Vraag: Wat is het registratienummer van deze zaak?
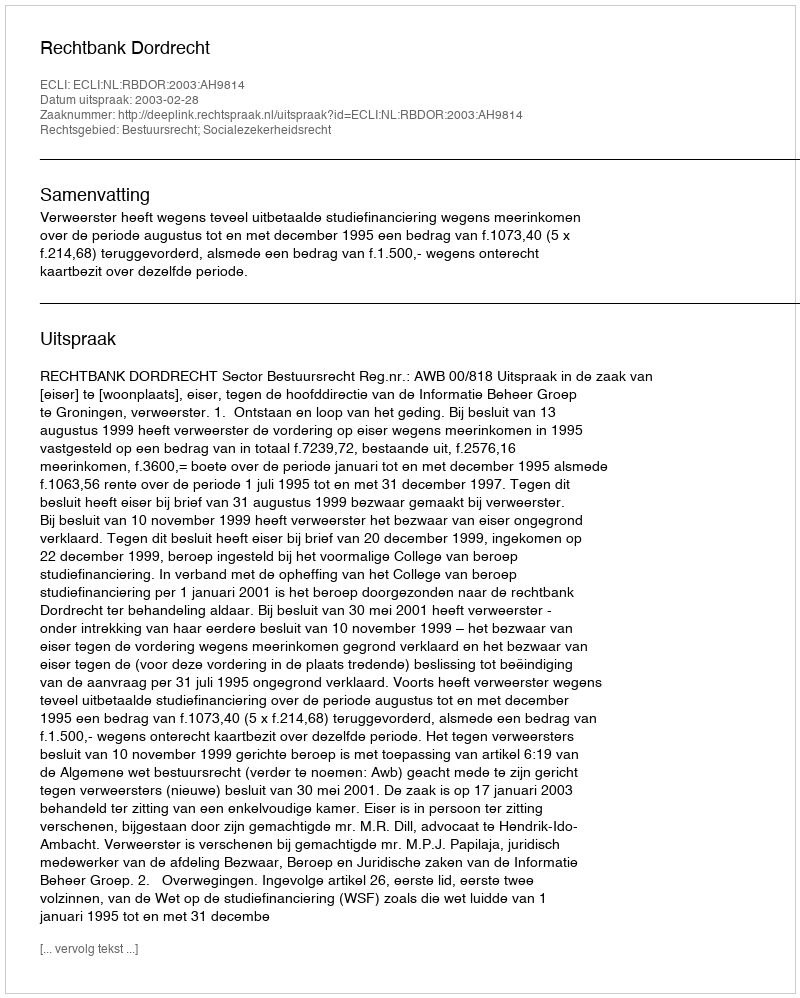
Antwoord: http://deeplink.rechtspraak.nl/uitspraak?id=ECLI:NL:RBDOR:2003:AH9814